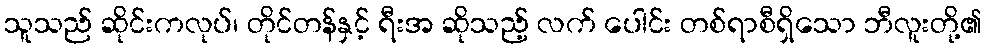
သူသည် ဆိုင်းကလုပ်၊ တိုင်တန်နှင့် ရီးအ ဆိုသည့် လက် ပေါင်း တစ်ရာစီရှိသော ဘီလူးတို့၏